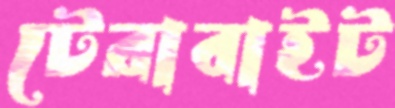
টেরাবাইট